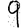
Digit: 9